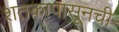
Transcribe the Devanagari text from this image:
शतकापासूनची